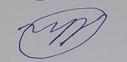
Signature authenticity: forged